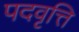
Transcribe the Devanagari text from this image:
पदवृत्ति